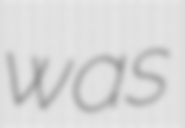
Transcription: was